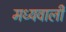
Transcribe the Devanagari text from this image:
मध्यवाली